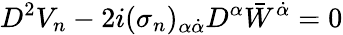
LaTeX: D^{2}V_{n}-2i(\sigma_{n})_{\alpha\dot{\alpha}}D^{\alpha}{\bar{W}}^{\dot{\alpha}}=0